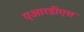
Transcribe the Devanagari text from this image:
एआरडीएस